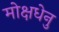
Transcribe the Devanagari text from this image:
मोक्षधेनु